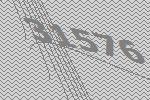
31576